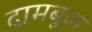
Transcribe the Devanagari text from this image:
दामबुक